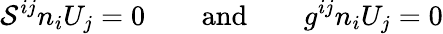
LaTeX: {\cal S}^{ij}n_{i}U_{j}=0\qquad\mathrm{and}\qquad g^{ij}n_{i}U_{j}=0